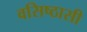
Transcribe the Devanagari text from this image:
वसिष्ठासी